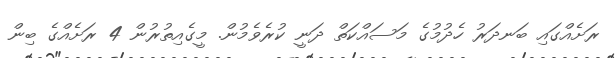
ރަށެއްގައި ބަނދަރު ހެދުމުގެ މަސައްކަތް ދަނީ ކުރެވެމުން. މީގެއިތުރުން 4 ރަށެއްގެ ބިން